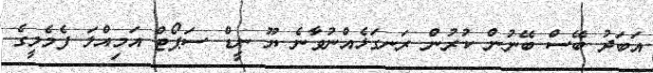
އަބަދު ބޭސް ބޭނުން ކުރުން ރަނގަޅެއްނުވާނެ ޔޫ ނީޑް ސަޕޯޓް އަމިއްލަ ފެމެލީގެ